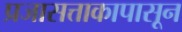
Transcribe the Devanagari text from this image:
प्रजासत्ताकापासून